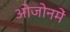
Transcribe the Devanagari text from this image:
ओजोनमें